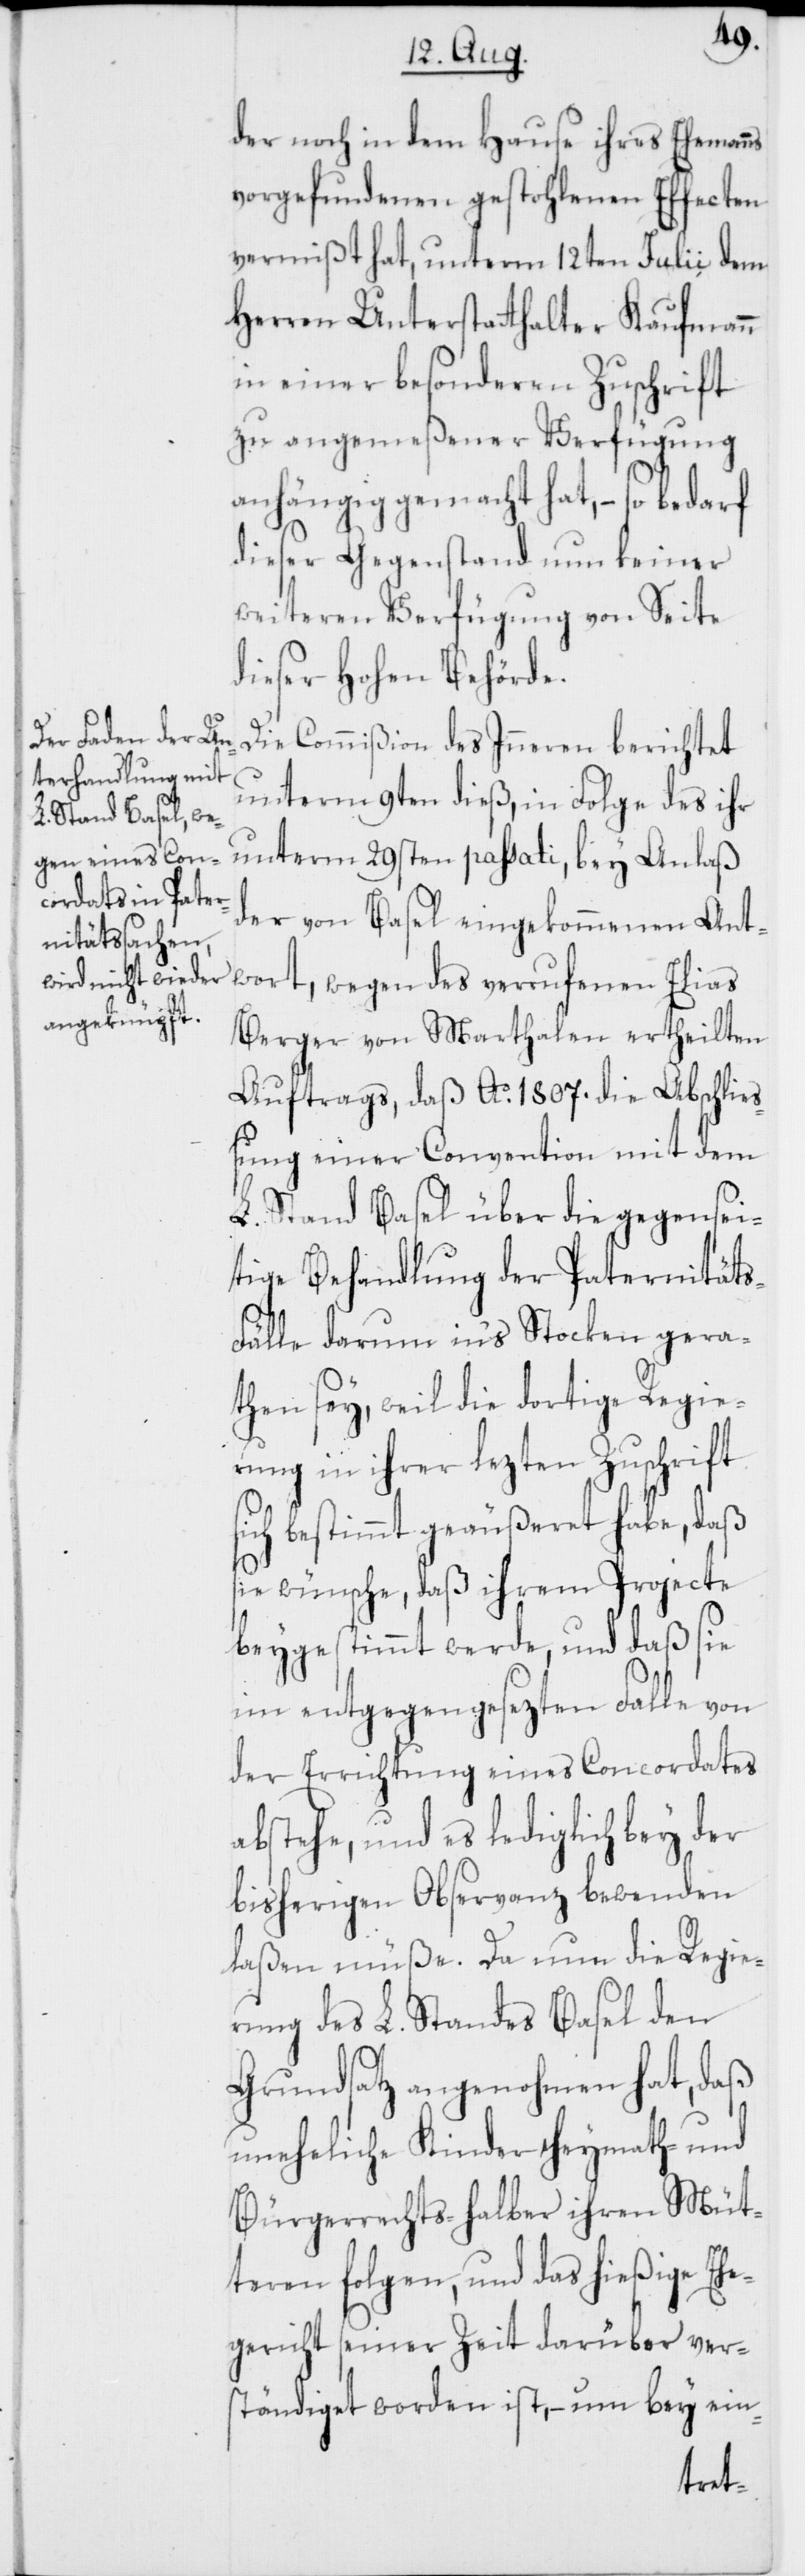
s¬
der noch in dem Hause ihres Ehemanns
vorgefundenen gestohlenen Effecten
vermißt hat, unterm 12ten Julii dem
Herren Unterstatthalter Kaufmann
in einer besonderen Zuschrift
zu angemeßener Verfügung
anhängig gemacht hat, – so bedarf
dieser Gegenstand nun keiner
weiteren Verfügung von Seite
dieser Hohen Behörde.
Die Commißion des Inneren berichtet
unterm 9ten dieß, in Folge des ihr
unterm 29sten passati, bey Anlaß
der von Basel eingekommenen Ant¬
wort, wegen des verrufenen Elias
Berger von Marthalen ertheilten
Auftrags, daß Ao. 1807. die Abschließ¬
ung einer Convention mit dem
L. Stand Basel über die gegensei¬
tige Behandlung der Paternität¬
s-Fälle darum in's Stocken gera¬
then sey, weil die dortige Regie¬
rung in ihrer lezten Zuschrift
ich bestimmt geäußeret habe, daß
sie wünsche, daß ihrem Projecte
beygestimmt werde, und daß sie
im entgegengesezten Falle von
der Errichtung eines Concordates
abstehe, und es lediglich bey der
bisherigen Observanz bewenden
laßen müße. Da nun die Regie¬
rung des L. Standes Basel den
Grundsatz angenohmen hat, daß
uneheliche Kinder Heymath- und
Bürgerrechts-halber ihren Müt¬
teren folgen, und das hießige Ehe¬
gericht seiner Zeit darüber ver¬
ständiget worden ist, – um bey ein-